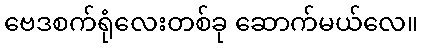
ဗေဒစက်ရုံလေးတစ်ခု ဆောက်မယ်လေ။